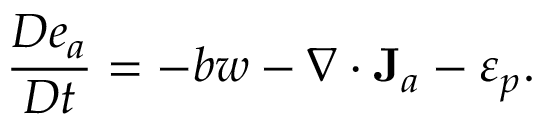
\frac { D e _ { a } } { D t } = - b w - \nabla \cdot { \bf J } _ { a } - \varepsilon _ { p } .